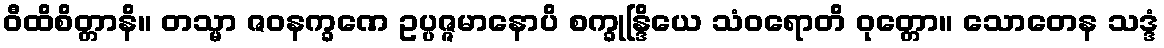
ဝီထိစိတ္တာနိ။ တသ္မာ ဇဝနက္ခဏေ ဥပ္ပဇ္ဇမာနောပိ စက္ခုန္ဒြိယေ သံဝရောတိ ဝုတ္တော။ သောတေန သဒ္ဒံ